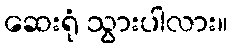
ဆေးရုံ သွားပါလား။